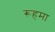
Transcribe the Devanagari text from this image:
रूहमा